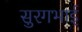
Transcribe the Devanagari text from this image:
सुरगभाई